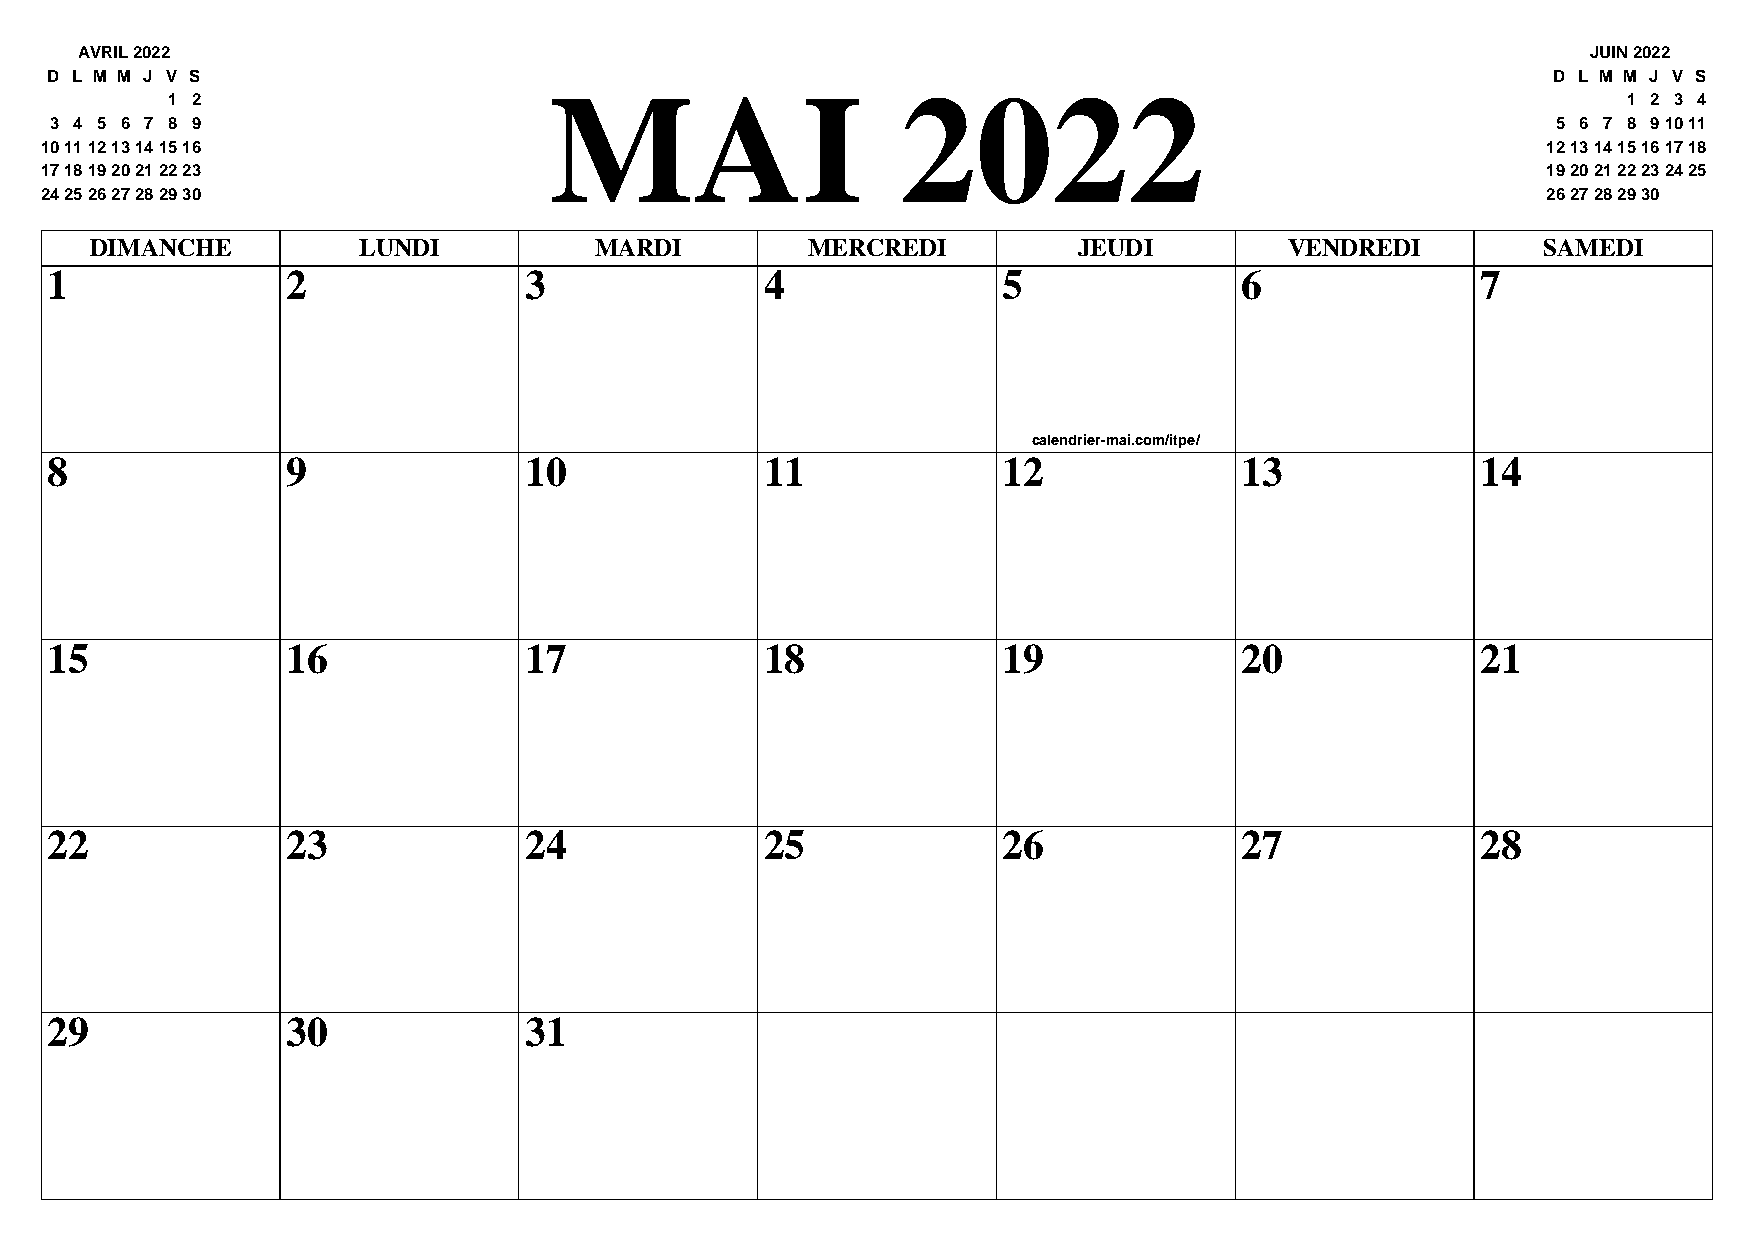
AVRIL 2022                                                                                          JUIN 2022
 D L M M J V S                                                                                       D L M M J V S
 MAI                     2022
 1 2                                                                                              1 2 3 4
 3 4 5 6 7 8 9                                                                                       5 6 7 8 91011
 10111213141516                                                                                     12131415161718
 17181920212223                                                                                     19202122232425
 24252627282930                                                                                     2627282930
 DIMANCHE          LUNDI          MARDI         MERCREDI          JEUDI         VENDREDI         SAMEDI
 1               2               3               4              5               6               7
 calendrier-mai.com/itpe/
 8               9               10              11             12              13              14
 15              16              17              18             19              20              21
 22              23              24              25             26              27              28
 29              30              31